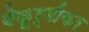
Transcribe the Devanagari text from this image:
बेळूर्गीकर